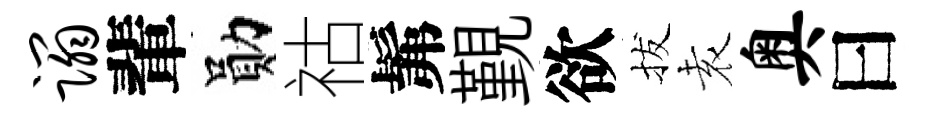
蹋輩勛祜髴覲欲拔𡊮奥曰